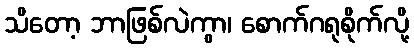
သိတော့ ဘာဖြစ်လဲကွာ၊ စောက်ဂရုစိုက်လို့